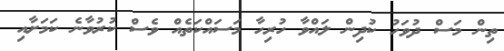
ތިން މަސް ދުވަހު ކުދިން ލައްވާ ހުރިހާ މަސައްކަތެއް ވެސް ކުރުވާނެ ކަމަށާއި